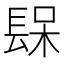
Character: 𨲃